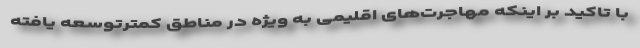
با تاکید بر اینکه مهاجرت‌های اقلیمی به ویژه در مناطق کمترتوسعه یافته